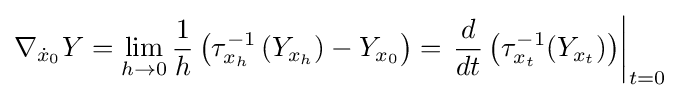
\nabla _{{\dot {x}}_{0}}Y=\lim _{h\to 0}{\frac {1}{h}}\left(\tau _{x_{h}}^{-1}\left(Y_{x_{h}}\right)-Y_{x_{0}}\right)=\left.{\frac {d}{dt}}\left(\tau _{x_{t}}^{-1}(Y_{x_{t}})\right)\right|_{t=0}